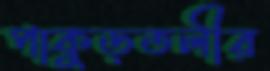
পাকুড়তলীর